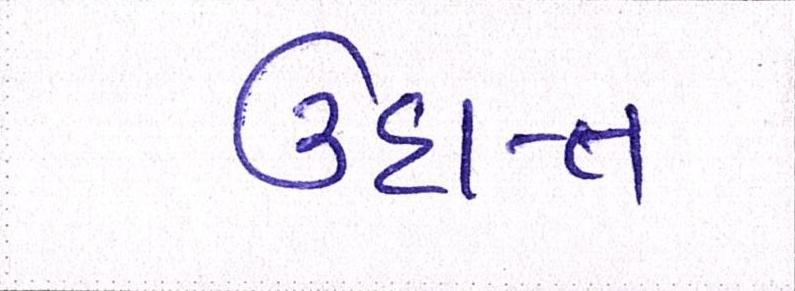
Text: ઉદાત્ત